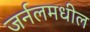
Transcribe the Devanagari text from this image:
जर्नलमधील